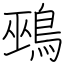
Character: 鵐